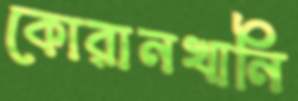
কোরানখানি